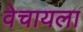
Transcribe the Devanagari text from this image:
वेचायला